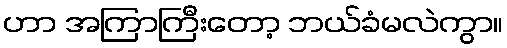
ဟာ အကြာကြီးတော့ ဘယ်ခံမလဲကွာ။